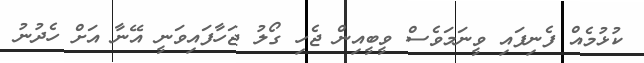
ކުޅުމެއް ފެނިފައި ވީނަމަވެސް ވީބީއިން ޖެހި ގޯލު ޖަހާފައިވަނީ އޭނާ އަށް ހެދުނު